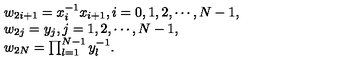
\begin{array} { l } { w _ { 2 i + 1 } = x _ { i } ^ { - 1 } x _ { i + 1 } , i = 0 , 1 , 2 , \cdots , N - 1 , } \\ { w _ { 2 j } = y _ { j } , j = 1 , 2 , \cdots , N - 1 , } \\ { w _ { 2 N } = \prod _ { l = 1 } ^ { N - 1 } y _ { l } ^ { - 1 } . } \\ \end{array}